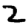
Digit: 2